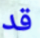
قد